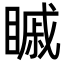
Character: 𥉷